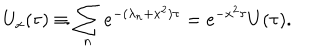
U _ { x } ( \tau ) \equiv \sum _ { n } e ^ { - ( \lambda _ { n } + x ^ { 2 } ) \tau } = e ^ { - x ^ { 2 } \tau } U ( \tau ) .